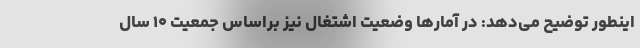
اینطور توضیح می‌دهد: در آمارها وضعیت اشتغال نیز براساس جمعیت ۱۰ سال